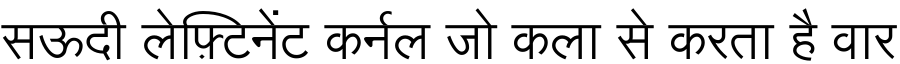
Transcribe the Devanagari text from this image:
सऊदी लेफ़्टिनेंट कर्नल जो कला से करता है वार